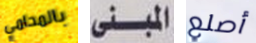
بالمحامي المبنى أصلع